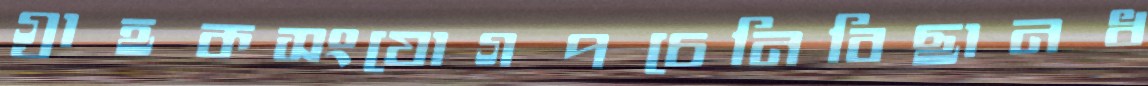
গ্রাহকসংযোগপচেনিবিছানধ